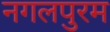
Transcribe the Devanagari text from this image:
नगलपुरम